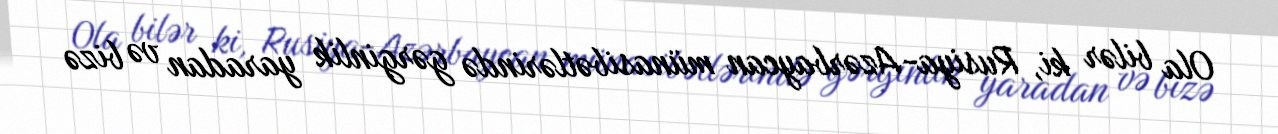
Ola bilər ki, Rusiya-Azərbaycan münasibətlərində gərginlik yaradan və bizə